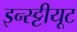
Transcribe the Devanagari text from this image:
इन्स्ट्टीयूट